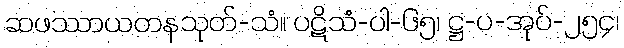
ဆဖဿာယတနသုတ်-သံ။ ပဋိသံ-ပါ-၆၅၊ ဋ္ဌ-ပ-အုပ်-၂၅၄၊